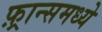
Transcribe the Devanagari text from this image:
फ़्रान्समध्ये